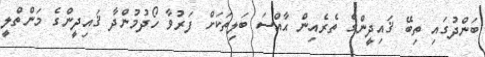
ބަންދުގައި ތިބޭ ޤައިދީންގެ ތެރެއިން ޙާއްސަ ބަލިތަކަށް ފަރުވާ ހޯދުމުންދާ ޤައިދީންގެ މަންތްލީ